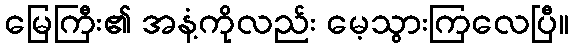
မြေကြီး၏ အနံ့ကိုလည်း မေ့သွားကြလေပြီ။